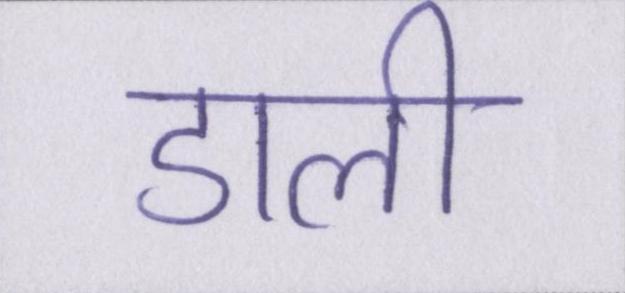
डाली